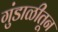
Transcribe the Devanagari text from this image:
गुंडाळीतून